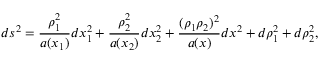
d s ^ { 2 } = \frac { \rho _ { 1 } ^ { 2 } } { a ( x _ { 1 } ) } d x _ { 1 } ^ { 2 } + \frac { \rho _ { 2 } ^ { 2 } } { a ( x _ { 2 } ) } d x _ { 2 } ^ { 2 } + \frac { ( \rho _ { 1 } \rho _ { 2 } ) ^ { 2 } } { a ( x ) } d x ^ { 2 } + d \rho _ { 1 } ^ { 2 } + d \rho _ { 2 } ^ { 2 } ,